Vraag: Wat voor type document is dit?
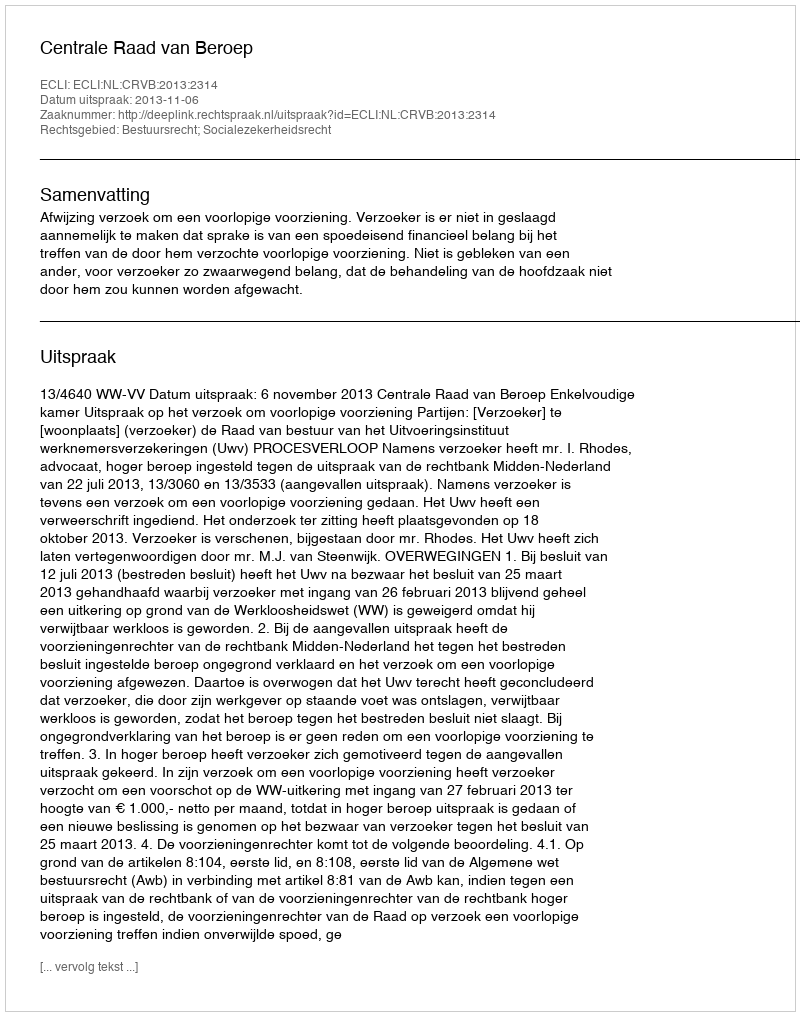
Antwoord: Uitspraak